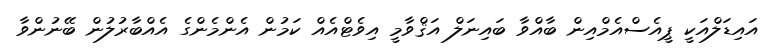
އައިޑަލްއަކީ ޕީއެސްއެމްއިން ބާއްވާ ބައިނަލް އަޤްވާމީ އިވެޓްއެއް ކަމުން އެންމެންގެ އެއްބާރުލުން ބޭނުންވާ